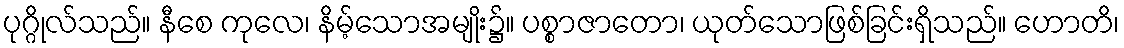
ပုဂ္ဂိုလ်သည်။ နီစေ ကုလေ၊ နိမ့်သောအမျိုး၌။ ပစ္စာဇာတော၊ ယုတ်သောဖြစ်ခြင်းရှိသည်။ ဟောတိ၊